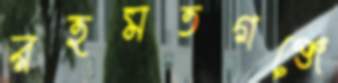
রহমতগঞ্জে